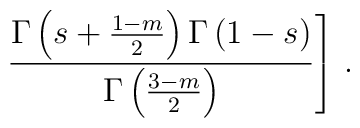
\left.\frac{\Gamma\left(s+\frac{1-m}{2}\right)\Gamma \left(1-s\right)}{\Gamma\left(\frac{3-m}{2}\right)}\right]\,.